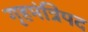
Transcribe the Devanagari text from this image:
गृहमंत्रिपद